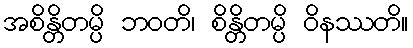
အစိန္တိတမ္ပိ ဘဝတိ၊ စိန္တိတမ္ပိ ဝိနဿတိ။